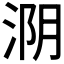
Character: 𰛺